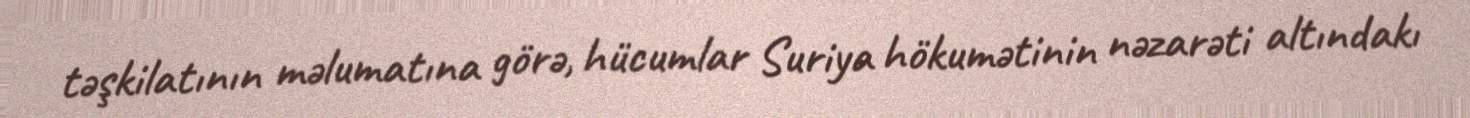
təşkilatının məlumatına görə, hücumlar Suriya hökumətinin nəzarəti altındakı